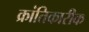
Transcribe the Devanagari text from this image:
क्रांतिकारीक